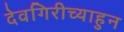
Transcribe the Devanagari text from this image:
देवगिरीच्याहुन